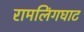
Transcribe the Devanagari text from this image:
रामलिंगघाट